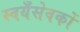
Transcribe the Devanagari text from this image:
स्वयँसेवकों